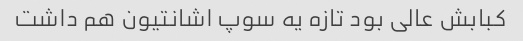
کبابش عالی بود تازه یه سوپ اشانتیون هم داشت